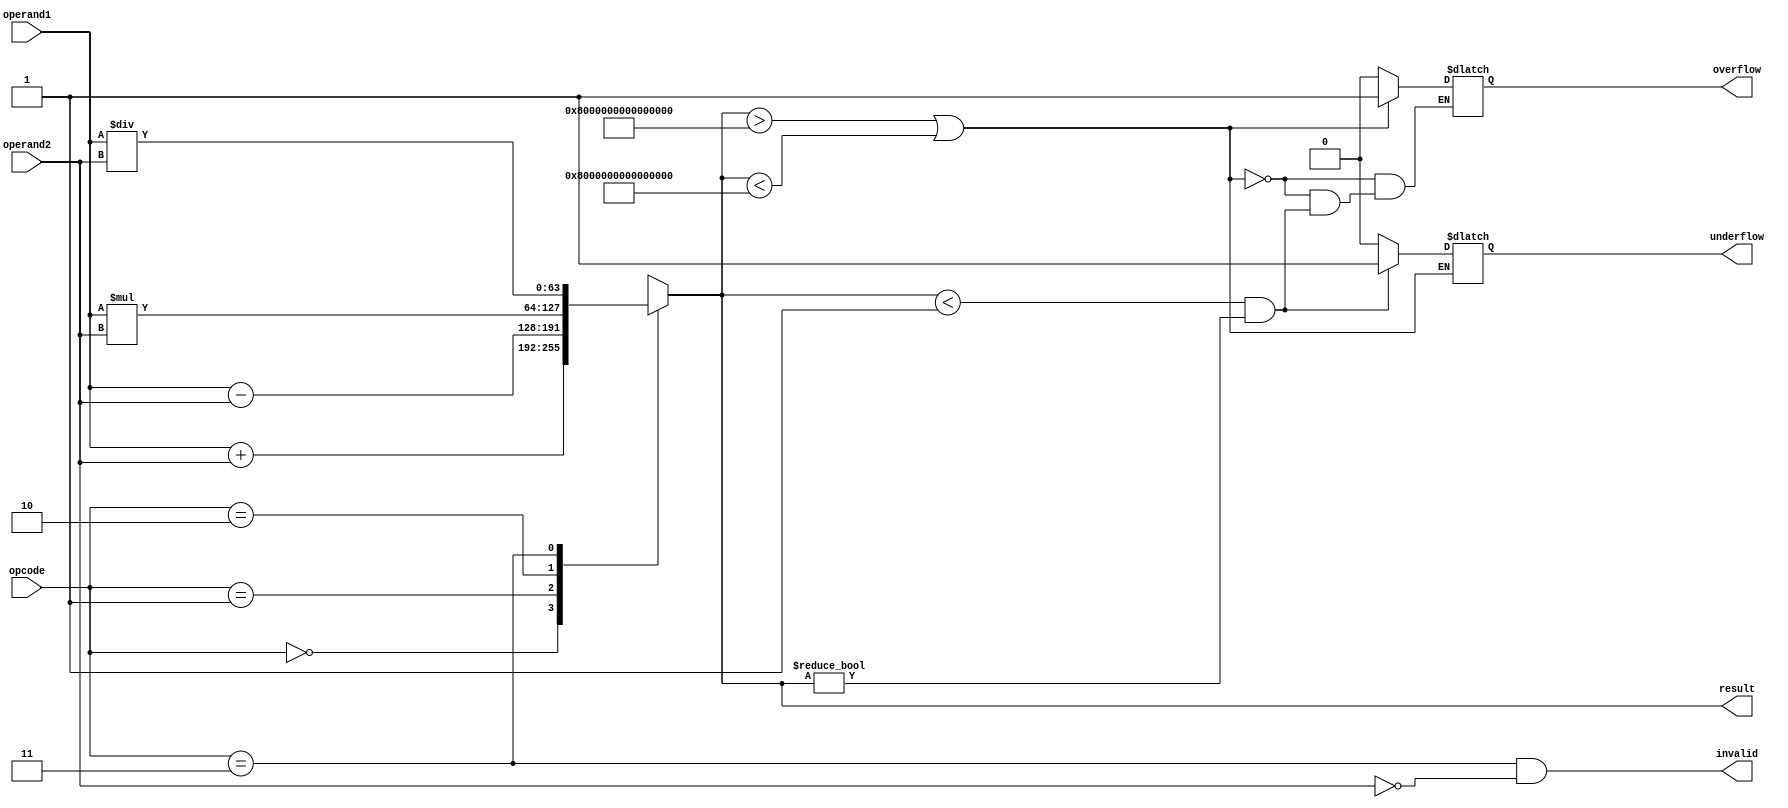
module DoublePrecisionFPU (
  input [63:0] operand1,
  input [63:0] operand2,
  input [1:0] opcode,
  output reg [63:0] result,
  output reg overflow,
  output reg underflow,
  output reg invalid
);

reg [63:0] temp_result;

always @(*) begin
  case (opcode)
    2'b00: // Addition
      temp_result = operand1 + operand2;
    2'b01: // Subtraction
      temp_result = operand1 - operand2;
    2'b10: // Multiplication
      temp_result = operand1 * operand2;
    2'b11: // Division
      temp_result = operand1 / operand2;
    default:
      temp_result = 64'b0; // Invalid operation
  endcase
end

always @(temp_result) begin
  if(temp_result > 64'h7FFFFFFFFFFFFFFF || temp_result < 64'h8000000000000000) begin
    overflow = 1;
  end else if (temp_result < 64'h0000000000000001 && temp_result != 64'h0000000000000000) begin
    underflow = 1;
  end else begin
    overflow = 0;
    underflow = 0;
  end
end

always @(opcode) begin
  invalid = (opcode == 2'b11 && operand2 == 64'h0000000000000000); // Division by zero
end

assign result = temp_result;

endmodule